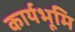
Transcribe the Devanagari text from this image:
कार्यभूमि